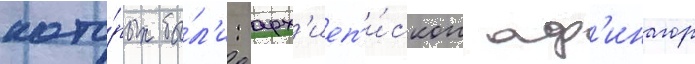
кото́рых бы́л'и: арх'иеп'и́скоп аф'инагор